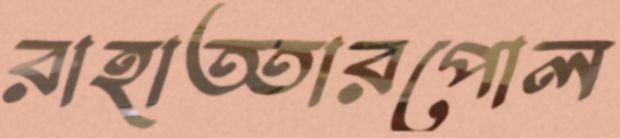
রাহাত্তারপোল